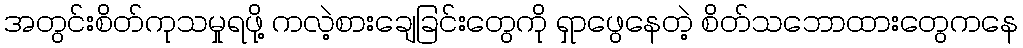
အတွင်းစိတ်ကုသမှုရဖို့ ကလဲ့စားချေခြင်းတွေကို ရှာဖွေနေတဲ့ စိတ်သဘောထားတွေကနေ